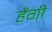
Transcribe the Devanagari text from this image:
हैंगी